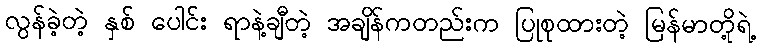
လွန်ခဲ့တဲ့ နှစ် ပေါင်း ရာနဲ့ချီတဲ့ အချိန်ကတည်းက ပြုစုထားတဲ့ မြန်မာတို့ရဲ့